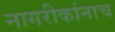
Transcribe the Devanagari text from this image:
नागरीकांनाच